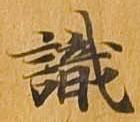
識